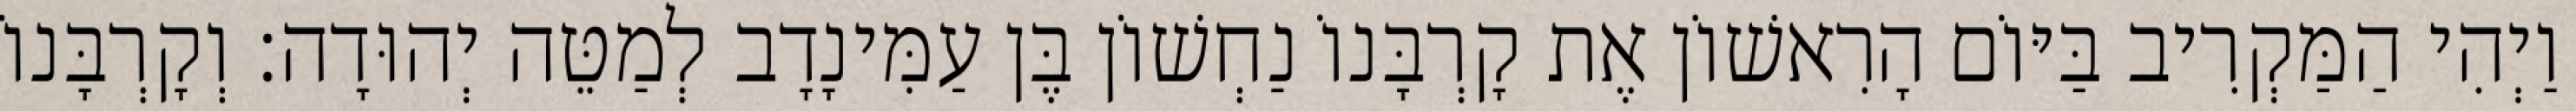
וַיְהִי הַמַּקְרִיב בַּיּוֹם הָרִאשׁוֹן אֶת קָרְבָּנוֹ נַחְשׁוֹן בֶּן עַמִּינָדָב לְמַטֵּה יְהוּדָה׃ וְקָרְבָּנוֹ